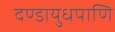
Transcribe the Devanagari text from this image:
दण्डायुधपाणि